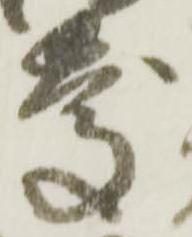
慶